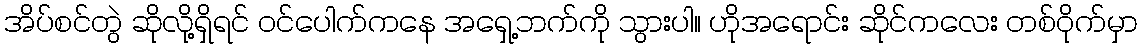
အိပ်စင်တွဲ ဆိုလို့ရှိရင် ဝင်ပေါက်ကနေ အရှေ့ဘက်ကို သွားပါ။ ဟိုအရောင်း ဆိုင်ကလေး တစ်ဝိုက်မှာ